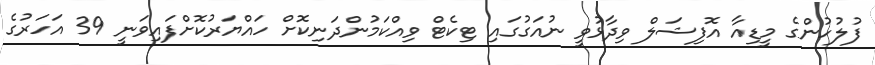
ފުލުހުންގެ މީޑިއާ އޮފިޝަލް ވިދާޅުވީ ނުއަގުގައި ޓިކެޓް ވިއްކަމުންދަނިކޮށް ހައްޔަރުކޮށްފައިވަނީ 39 އަހަރުގެ